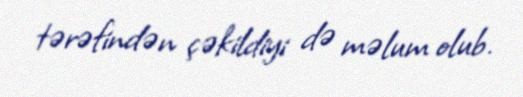
tərəfindən çəkildiyi də məlum olub.